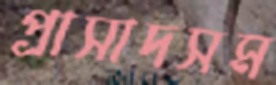
প্রাসাদসম